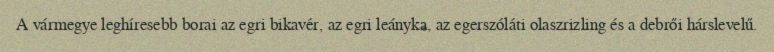
A vármegye leghíresebb borai az egri bikavér, az egri leányka, az egerszóláti olaszrizling és a debrői hárslevelű.